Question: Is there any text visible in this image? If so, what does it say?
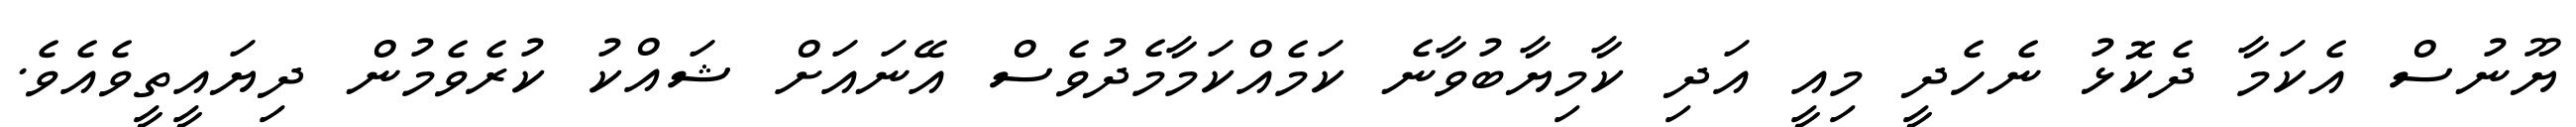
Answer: ޔޫނުސް އެކަމާ ދެކޮޅު ނެހެދީ މިއީ އަދި ކާމިޔާބުވާނެ ކަމެއްކަމާމެދުވެސް އޭނައަށް ޝައްކު ކުރެވެމުން ދިޔައީތީވެއެވެ.